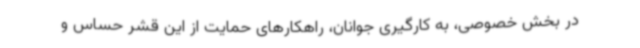
در بخش خصوصی، به کارگیری جوانان، راهکارهای حمایت از این قشر حساس و